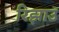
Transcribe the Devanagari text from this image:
रिझाउ